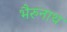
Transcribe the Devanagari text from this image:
भैरुनाथ